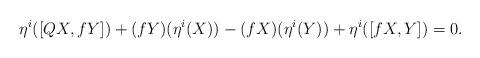
LaTeX: \begin{align*} \eta^i([QX, {f} Y]) + ({f} Y)(\eta^i(X)) - ({f} X)(\eta^i(Y)) + \eta^i([{f} X,Y]) = 0.\end{align*}